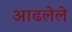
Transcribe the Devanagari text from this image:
आढलेले